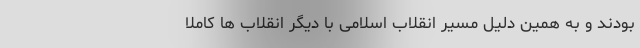
بودند و به همین دلیل مسیر انقلاب اسلامی با دیگر انقلاب ها کاملاً